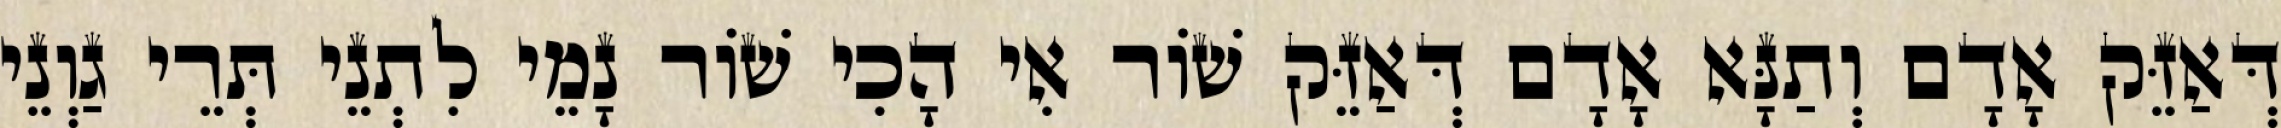
דְּאַזֵּק אָדָם וְתַנָּא אָדָם דְּאַזֵּק שׁוֹר אִי הָכִי שׁוֹר נָמֵי לִתְנֵי תְּרֵי גַוְנֵי